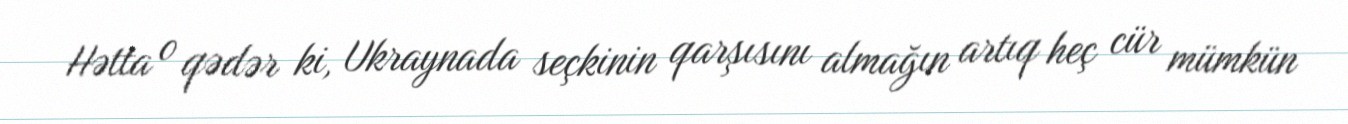
Hətta o qədər ki, Ukraynada seçkinin qarşısını almağın artıq heç cür mümkün